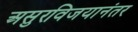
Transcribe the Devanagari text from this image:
असुरविजयानंतर